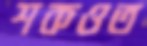
শকওত